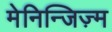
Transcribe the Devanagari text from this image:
मेनिन्जिज़्म